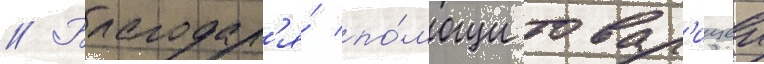
// Благодар'я́ по́мощи товар'ищеи